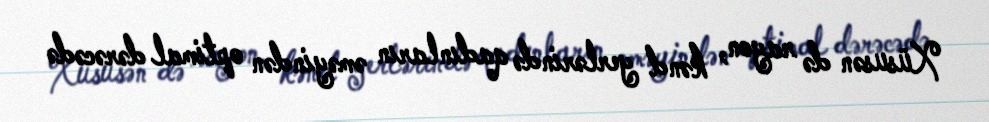
Xüsusən də rayon, kənd yerlərində qadınların əməyindən optimal dərəcədə